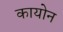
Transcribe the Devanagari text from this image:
कायोन